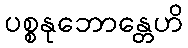
ပစ္စနုဘောန္တေဟိ